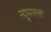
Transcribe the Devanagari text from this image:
न्यूमरल